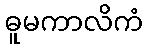
ဓူမကာလိကံ